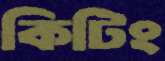
কিটিং